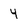
Character: 4